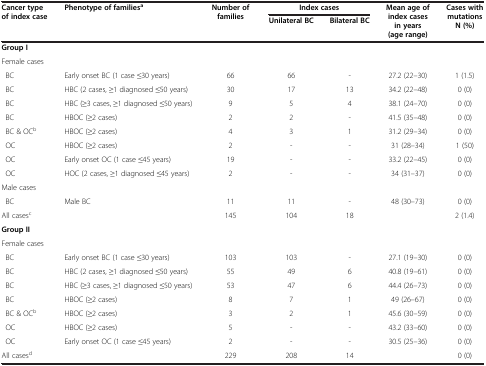
<table><thead><tr><td rowspan="2"><b>Cancer type of index case</b></td><td rowspan="2"><b>Phenotype of families<sup>a</sup></b></td><td rowspan="2"><b>Number of families</b></td><td colspan="2"><b>Index cases</b></td><td rowspan="2"><b>Mean age of index cases in years (age range)</b></td><td rowspan="2"><b>Cases with mutations N (%)</b></td></tr><tr><td><b>Unilateral BC</b></td><td><b>Bilateral BC</b></td></tr></thead><tbody><tr><td colspan="2"><b>Group I</b></td><td> </td><td> </td><td> </td><td> </td><td> </td></tr><tr><td colspan="2">Female cases</td><td> </td><td> </td><td> </td><td> </td><td> </td></tr><tr><td> BC</td><td>Early onset BC (1 case ≤30 years)</td><td>66</td><td>66</td><td>-</td><td>27.2 (22–30)</td><td>1 (1.5)</td></tr><tr><td> BC</td><td>HBC (2 cases, ≥1 diagnosed ≤50 years)</td><td>30</td><td>17</td><td>13</td><td>34.2 (22–48)</td><td>0 (0)</td></tr><tr><td> BC</td><td>HBC (≥3 cases, ≥1 diagnosed ≤50 years)</td><td>9</td><td>5</td><td>4</td><td>38.1 (24–70)</td><td>0 (0)</td></tr><tr><td> BC</td><td>HBOC (≥2 cases)</td><td>2</td><td>2</td><td>-</td><td>41.5 (35–48)</td><td>0 (0)</td></tr><tr><td> BC &amp; OC<sup>b</sup></td><td>HBOC (≥2 cases)</td><td>4</td><td>3</td><td>1</td><td>31.2 (29–34)</td><td>0 (0)</td></tr><tr><td> OC</td><td>HBOC (≥2 cases)</td><td>2</td><td>-</td><td>-</td><td>31 (28–34)</td><td>1 (50)</td></tr><tr><td> OC</td><td>Early onset OC (1 case ≤45 years)</td><td>19</td><td>-</td><td>-</td><td>33.2 (22–45)</td><td>0 (0)</td></tr><tr><td> OC</td><td>HOC (2 cases, ≥1 diagnosed ≤45 years)</td><td>2</td><td>-</td><td>-</td><td>34 (31–37)</td><td>0 (0)</td></tr><tr><td>Male cases</td><td> </td><td> </td><td> </td><td> </td><td> </td><td> </td></tr><tr><td> BC</td><td>Male BC</td><td>11</td><td>11</td><td>-</td><td>48 (30–73)</td><td>0 (0)</td></tr><tr><td colspan="2">All cases<sup>c</sup></td><td>145</td><td>104</td><td>18</td><td> </td><td>2 (1.4)</td></tr><tr><td colspan="2"><b>Group II</b></td><td> </td><td> </td><td> </td><td> </td><td> </td></tr><tr><td colspan="2">Female cases</td><td> </td><td> </td><td> </td><td> </td><td> </td></tr><tr><td> BC</td><td>Early onset BC (1 case ≤30 years)</td><td>103</td><td>103</td><td>-</td><td>27.1 (19–30)</td><td>0 (0)</td></tr><tr><td> BC</td><td>HBC (2 cases, ≥1 diagnosed ≤50 years)</td><td>55</td><td>49</td><td>6</td><td>40.8 (19–61)</td><td>0 (0)</td></tr><tr><td> BC</td><td>HBC (≥3 cases, ≥1 diagnosed ≤50 years)</td><td>53</td><td>47</td><td>6</td><td>44.4 (26–73)</td><td>0 (0)</td></tr><tr><td> BC</td><td>HBOC (≥2 cases)</td><td>8</td><td>7</td><td>1</td><td>49 (26–67)</td><td>0 (0)</td></tr><tr><td> BC &amp; OC<sup>b</sup></td><td>HBOC (≥2 cases)</td><td>3</td><td>2</td><td>1</td><td>45.6 (30–59)</td><td>0 (0)</td></tr><tr><td> OC</td><td>HBOC (≥2 cases)</td><td>5</td><td>-</td><td>-</td><td>43.2 (33–60)</td><td>0 (0)</td></tr><tr><td> OC</td><td>Early onset OC (1 case ≤45 years)</td><td>2</td><td>-</td><td>-</td><td>30.5 (25–36)</td><td>0 (0)</td></tr><tr><td>All cases<sup>d</sup></td><td> </td><td>229</td><td>208</td><td>14</td><td> </td><td>0 (0)</td></tr></tbody></table>